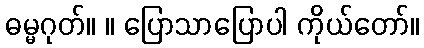
ဓမ္မဂုတ်။ ။ ပြောသာပြောပါ ကိုယ်တော်။